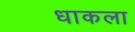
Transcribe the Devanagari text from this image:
धाकला